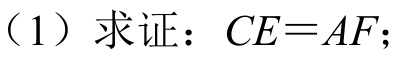
(1)求证：\(CE = AF\)；